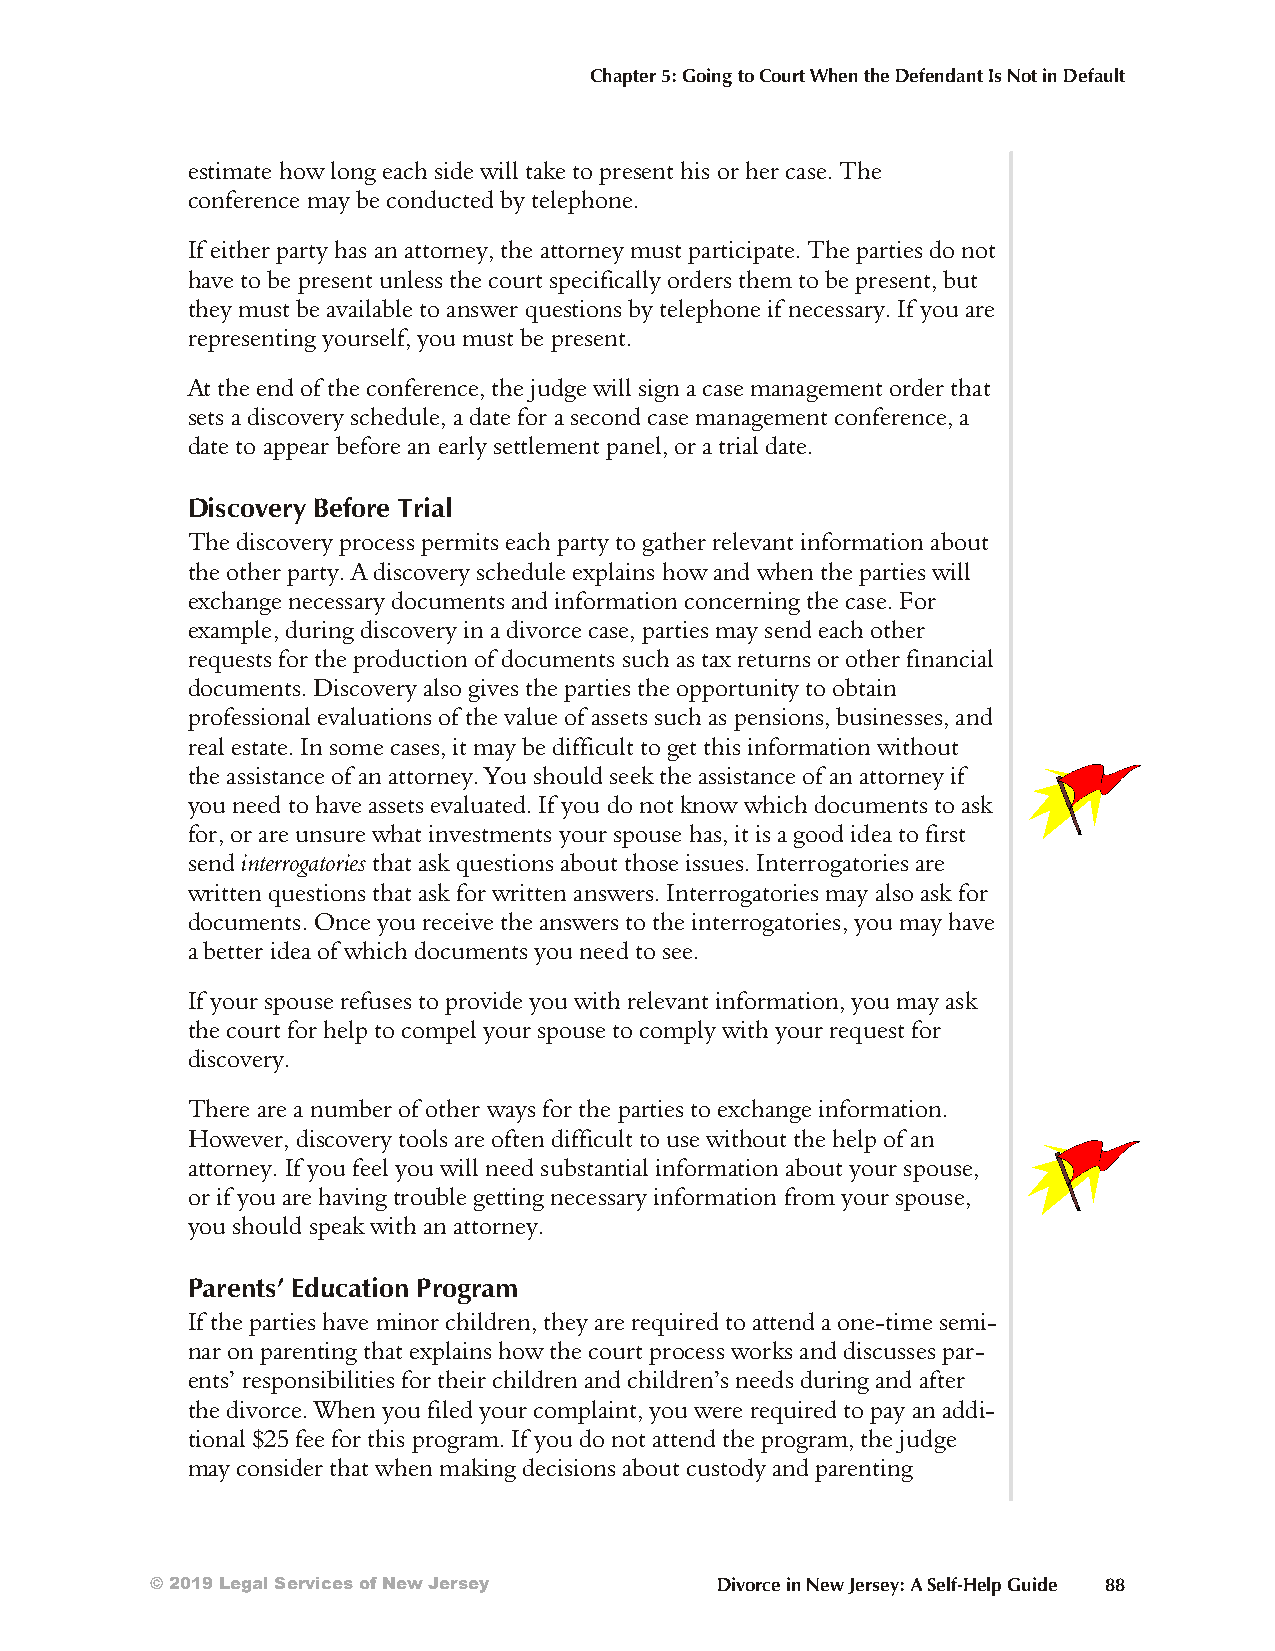
Chapter 5: Going to Court When the Defendant Is Not in Default
 es tim ate how long each side will take to prese nt his or her case. The
 con fer ence may be con ducted by telep hone.
 If eit her party has an at tor ney, the att or ney must par tici p ate. The part ies do not
 have to be prese nt un less the court spe cif ic ally or ders them to be pres ent, but
 they must be availa ble to ans wer ques tions by tele phone if nec es sary. If you are
 repr es enti ng yours elf, you must be present.
 At the end of the con fer ence, the judge will sign a case man agem ent or der that
 sets a disc ove ry sched ule, a date for a seco nd case man agem ent con fer ence, a
 date to ap pear be fore an early set tle ment panel, or a trial date.
 Discovery Before Trial
 The discovery process permits each party to gather relevant information about
 the other party. A discovery schedule explains how and when the parties will
 exchange necessary documents and information concerning the case. For
 example, during discovery in a divorce case, parties may send each other
 requests for the production of documents such as tax returns or other financial
 documents. Discovery also gives the parties the opportunity to obtain
 professional evaluations of the value of assets such as pensions, businesses, and
 real estate. In some cases, it may be difficult to get this information without
 the assistance of an attorney. You should seek the assistance of an attorney if
 you need to have assets evaluated. If you do not know which documents to ask
 for, or are unsure what investments your spouse has, it is a good idea to first
 send interrogatories that ask questions about those issues. Interrogatories are
 written questions that ask for written answers. Interrogatories may also ask for
 documents. Once you receive the answers to the interrogatories, you may have
 a better idea of which documents you need to see.
 If your spouse re fuses to pro vide you with rel ev ant in for mat ion, you may ask
 the court for help to com pel your spouse to com ply with your re quest for
 discovery.
 There are a num ber of other ways for the part ies to exchange inf or mat ion.
 Howe ver, disc ove ry tools are of ten dif fi cult to use with out the help of an
 att orn ey. If you feel you will need subs tant ial inf orm at ion about your spouse,
 or if you are havi ng troub le gett ing nece ss ary inf orm at ion from your spouse,
 you should speak with an attorney.
 Parents’ Education Program
 If the part ies have min or chil dren, they are re quired to at tend a one-time sem i-
 nar on parenting that ex plains how the court pro cess works and dis cusses par -
 ents’ re spon si bili t ies for their chil dren and chil dren’s needs dur ing and af ter
 the div orce. When you filed your comp laint, you were re quired to pay an ad di-
 tional $25 fee for this pro gram. If you do not at tend the pro gram, the judge
 may con sider that when mak ing de ci sions about cust ody and parenting
 © 2019 Legal Services of New Jersey  Divorce in New Jersey: A Self-Help Guide 88